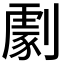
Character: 𠟵